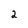
Character: 2